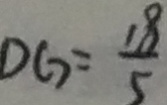
D G = \frac { 1 8 } { 5 }